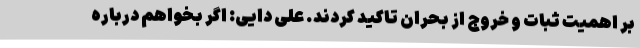
بر اهمیت ثبات و خروج از بحران تاکید کردند. علی دایی: اگر بخواهم درباره